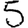
Digit: 5